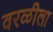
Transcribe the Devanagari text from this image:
वरळीला